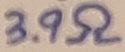
Text: 3.9Ω